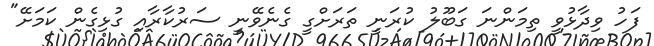
ފަހު ވިދާޅުވީ ތިމަންނަ ގަބޫލު ކުރަނީ ތަރަށްގީ ގެނެވޭނީ ސަރުކާރާއި ގުޅިގެން ކަމަށޭ"